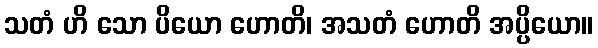
သတံ ဟိ သော ပိယော ဟောတိ၊ အသတံ ဟောတိ အပ္ပိယော။